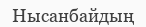
Нысанбайдың